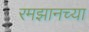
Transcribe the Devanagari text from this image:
रमझानच्या